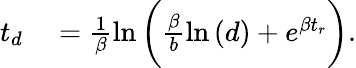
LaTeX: \begin{array}{rl}{t_{d}}&{{}=\frac{1}{\beta}\ln{\bigg(\frac{\beta}{b}\ln{(d)}+e^{\beta t_{r}}\bigg)}.}\end{array}